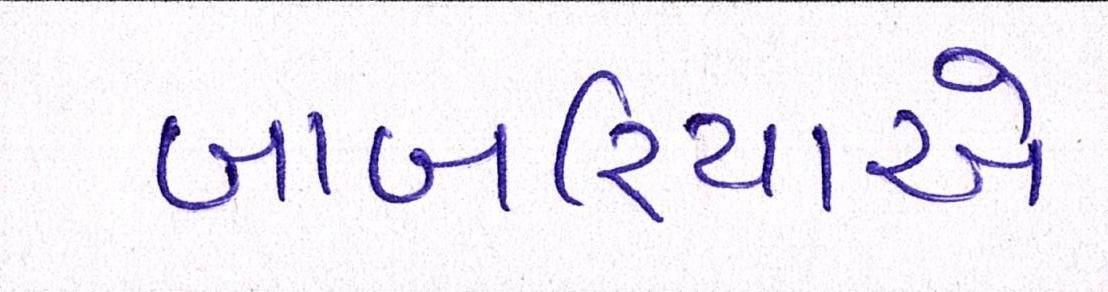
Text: બાબરિયાએ